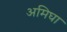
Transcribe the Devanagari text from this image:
अमिघा